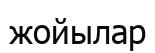
жойылар